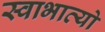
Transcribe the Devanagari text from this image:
स्वाभाव्यो